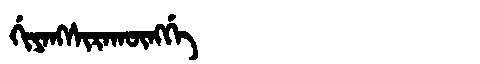
Manchu: ᡤᡳᠶᠠᠩᠰᡳᡵᠠᡴᡡᠩᡤᡝ
Romanization: GIYANGSIRAKŪNGGE